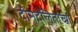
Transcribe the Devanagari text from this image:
दीनदलितांच्या